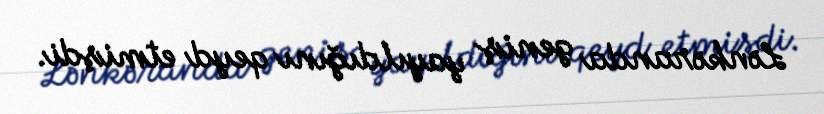
Lənkəranda geniş yayıldığını qeyd etmişdi.